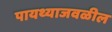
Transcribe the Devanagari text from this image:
पायथ्याजवळील